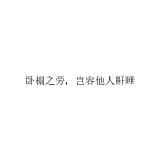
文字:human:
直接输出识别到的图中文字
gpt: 卧榻之旁，岂容他人鼾睡